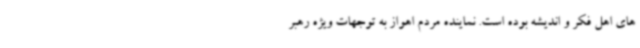
های اهل فکر و اندیشه بوده است. نماینده مردم اهواز به توجهات ویژه رهبر